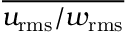
\overline { { u _ { \mathrm { r m s } } / w _ { \mathrm { r m s } } } }